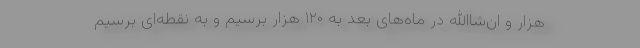
هزار و ان‌شاالله در ماه‌های بعد به ۱۲۰ هزار برسیم و به نقطه‌ای برسیم